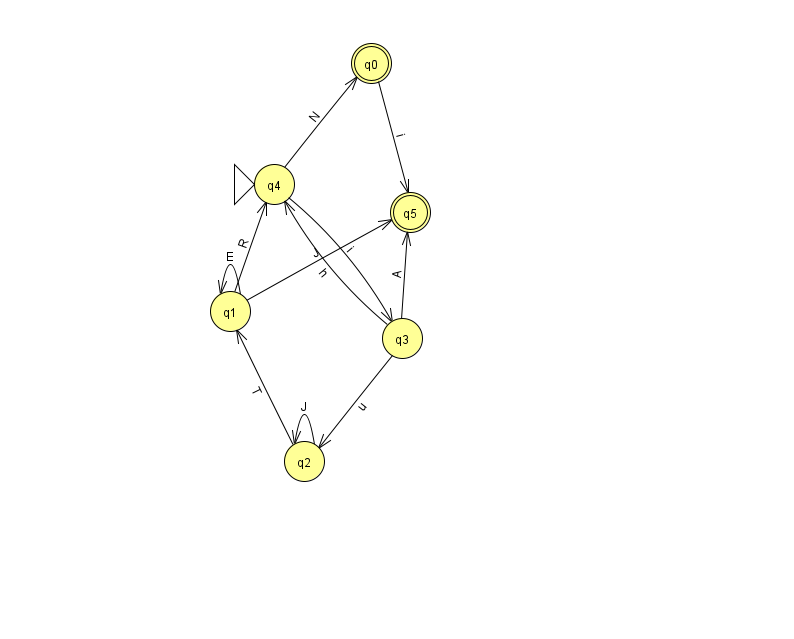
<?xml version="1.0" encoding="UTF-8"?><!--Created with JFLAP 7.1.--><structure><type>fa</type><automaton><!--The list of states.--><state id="0" name="q0"><x>371.0</x><y>50.0</y><final/></state><state id="1" name="q1"><x>230.0</x><y>298.0</y></state><state id="2" name="q2"><x>304.0</x><y>448.0</y></state><state id="3" name="q3"><x>402.0</x><y>325.0</y></state><state id="4" name="q4"><x>274.0</x><y>171.0</y><initial/></state><state id="5" name="q5"><x>410.0</x><y>199.0</y><final/></state><!--The list of transitions.--><transition><from>3</from><to>2</to><read>u</read></transition><transition><from>0</from><to>5</to><read>i</read></transition><transition><from>1</from><to>1</to><read>E</read></transition><transition><from>2</from><to>1</to><read>T</read></transition><transition><from>2</from><to>2</to><read>J</read></transition><transition><from>1</from><to>4</to><read>R</read></transition><transition><from>4</from><to>0</to><read>N</read></transition><transition><from>1</from><to>5</to><read>J</read></transition><transition><from>3</from><to>4</to><read>h</read></transition><transition><from>3</from><to>5</to><read>A</read></transition><transition><from>4</from><to>3</to><read>i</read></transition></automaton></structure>